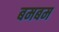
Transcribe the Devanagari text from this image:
बमबम